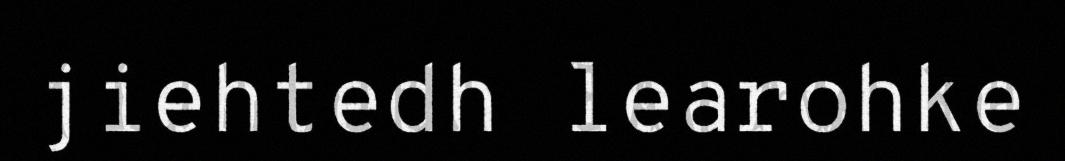
jiehtedh learohke